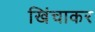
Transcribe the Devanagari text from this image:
खिंचाकर